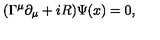
( \Gamma ^ { \mu } \partial _ { \mu } + i R ) \Psi ( x ) = 0 ,